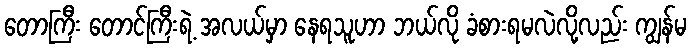
တောကြီး တောင်ကြီးရဲ့ အလယ်မှာ နေရသူဟာ ဘယ်လို ခံစားရမလဲလို့လည်း ကျွန်မ